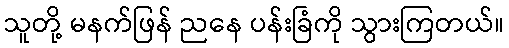
သူတို့ မနက်ဖြန် ညနေ ပန်းခြံကို သွားကြတယ်။